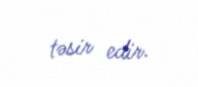
təsir edir.